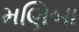
મણિબા